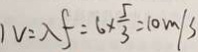
V = \lambda f = 6 \times \frac { 5 } { 3 } = 1 0 m / s